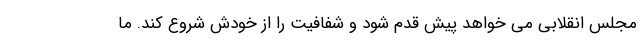
مجلس انقلابی می خواهد پیش قدم شود و شفافیت را از خودش شروع کند. ما